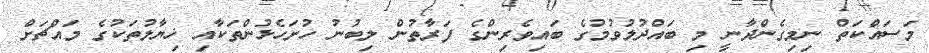
މަސައްކަތް ނިމިގެންދާނީ މި ބައްދުލުވުމުގެ ބައިވެރިންގެ ފަރާތުން ލިބުނު ހުށަހެޅުންތަކާއި ޚިޔާލުތަކުގެ މައްޗަށް